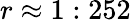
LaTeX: r\approx 1:252